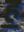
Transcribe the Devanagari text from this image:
ह॒